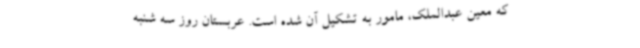
که معین عبدالملک، مامور به تشکیل آن شده است. عربستان روز سه شنبه